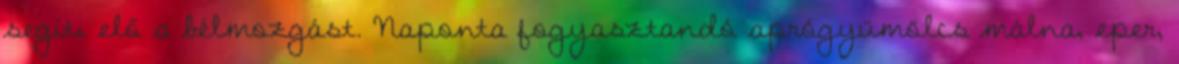
segíti elő a bélmozgást. Naponta fogyasztandó aprógyümölcs málna, eper,